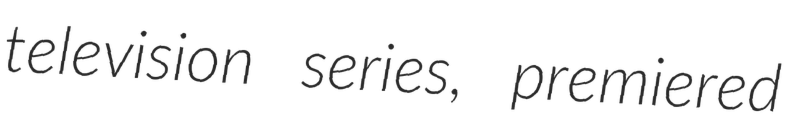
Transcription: television series, premiered